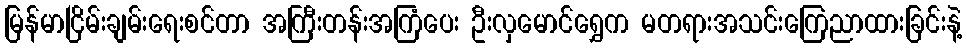
မြန်မာငြိမ်းချမ်းရေးစင်တာ အကြီးတန်းအကြံပေး ဦးလှမောင်ရွှေက မတရားအသင်းကြေညာထားခြင်းနဲ့